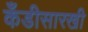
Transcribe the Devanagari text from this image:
कँडीसारखी